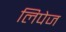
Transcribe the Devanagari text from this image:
लिपेज